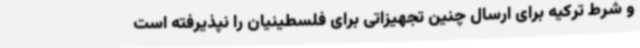
و شرط ترکیه برای ارسال چنین تجهیزاتی برای فلسطینیان را نپذیرفته است